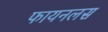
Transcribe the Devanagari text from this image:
फायनलस